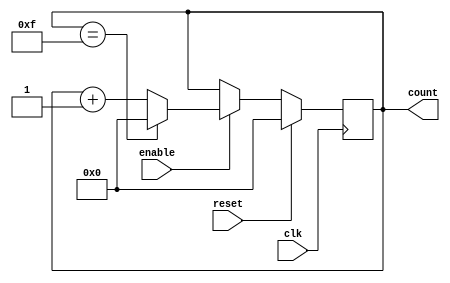
`timescale 1ns/1ps
module counter #(
    parameter SIZE = 4,
    parameter MAX_VALUE = (1 << SIZE) - 1
)(
    input clk,
    input reset,
    input enable,
    output reg [SIZE - 1 : 0] count
);

    always @ (posedge clk) begin
        if (reset == 1'b1)
            count <= 0;
        else if (enable) begin
            if (count == MAX_VALUE)
                count <= 0;
            else
                count <= count + 1;
        end
    end
endmodule